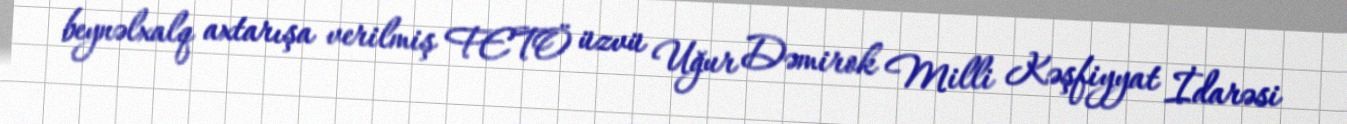
beynəlxalq axtarışa verilmiş FETÖ üzvü Uğur Dəmirok Milli Kəşfiyyat İdarəsi